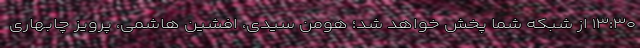
۱۳:۳۰ از شبکه شما پخش خواهد شد؛ هومن سیدی، افشین هاشمی، پرویز چابهاری